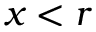
x < r